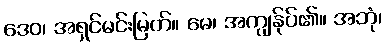
ဒေဝ၊ အရှင်မင်းမြတ်။ မေ၊ အကျွန်ုပ်၏။ အဘုံ၊